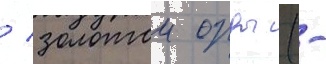
/ золотои орды (-